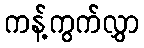
ကန့်ကွက်လွှာ